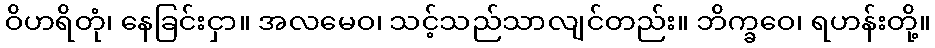
ဝိဟရိတုံ၊ နေခြင်းငှာ။ အလမေဝ၊ သင့်သည်သာလျင်တည်း။ ဘိက္ခဝေ၊ ရဟန်းတို့။